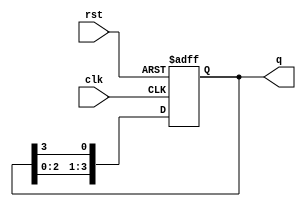
module ring_counter (
    input wire clk,        // Clock input
    input wire rst,        // Reset input
    output reg [3:0] q     // 4-bit output
);

    // Initial state
    initial begin
        q = 4'b1000; // Start with the first flip-flop set to '1'
    end

    // Sequential logic for the ring counter
    always @(posedge clk or posedge rst) begin
        if (rst) begin
            q <= 4'b1000; // Reset to initial state
        end else begin
            // Shift the '1' to the right in a circular manner
            q <= {q[2:0], q[3]};
        end
    end

endmodule